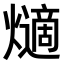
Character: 𤑦